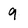
Character: 9